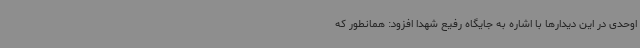
اوحدی در این دیدارها با اشاره به جایگاه رفیع شهدا افزود: همانطور که